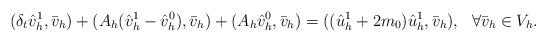
LaTeX: \begin{align*}(\delta_t \hat{v}^1_h,\bar{v}_h) +({A}_h (\hat{v}^1_h - \hat{v}^0_h),\bar{v}_h) +({A}_h \hat{v}^0_h,\bar{v}_h) =((\hat{u}^1_h + 2m_0) \hat{u}^1_h,\bar{v}_h), \ \ \forall\bar{v}_h\in V_h.\end{align*}